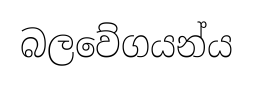
බලවේගයන්ය